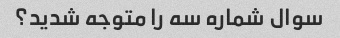
سوال شماره سه را متوجه شدید؟